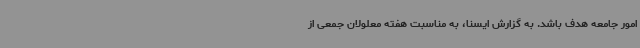
امور جامعه هدف باشد. به گزارش ایسنا، به مناسبت هفته معلولان جمعی از